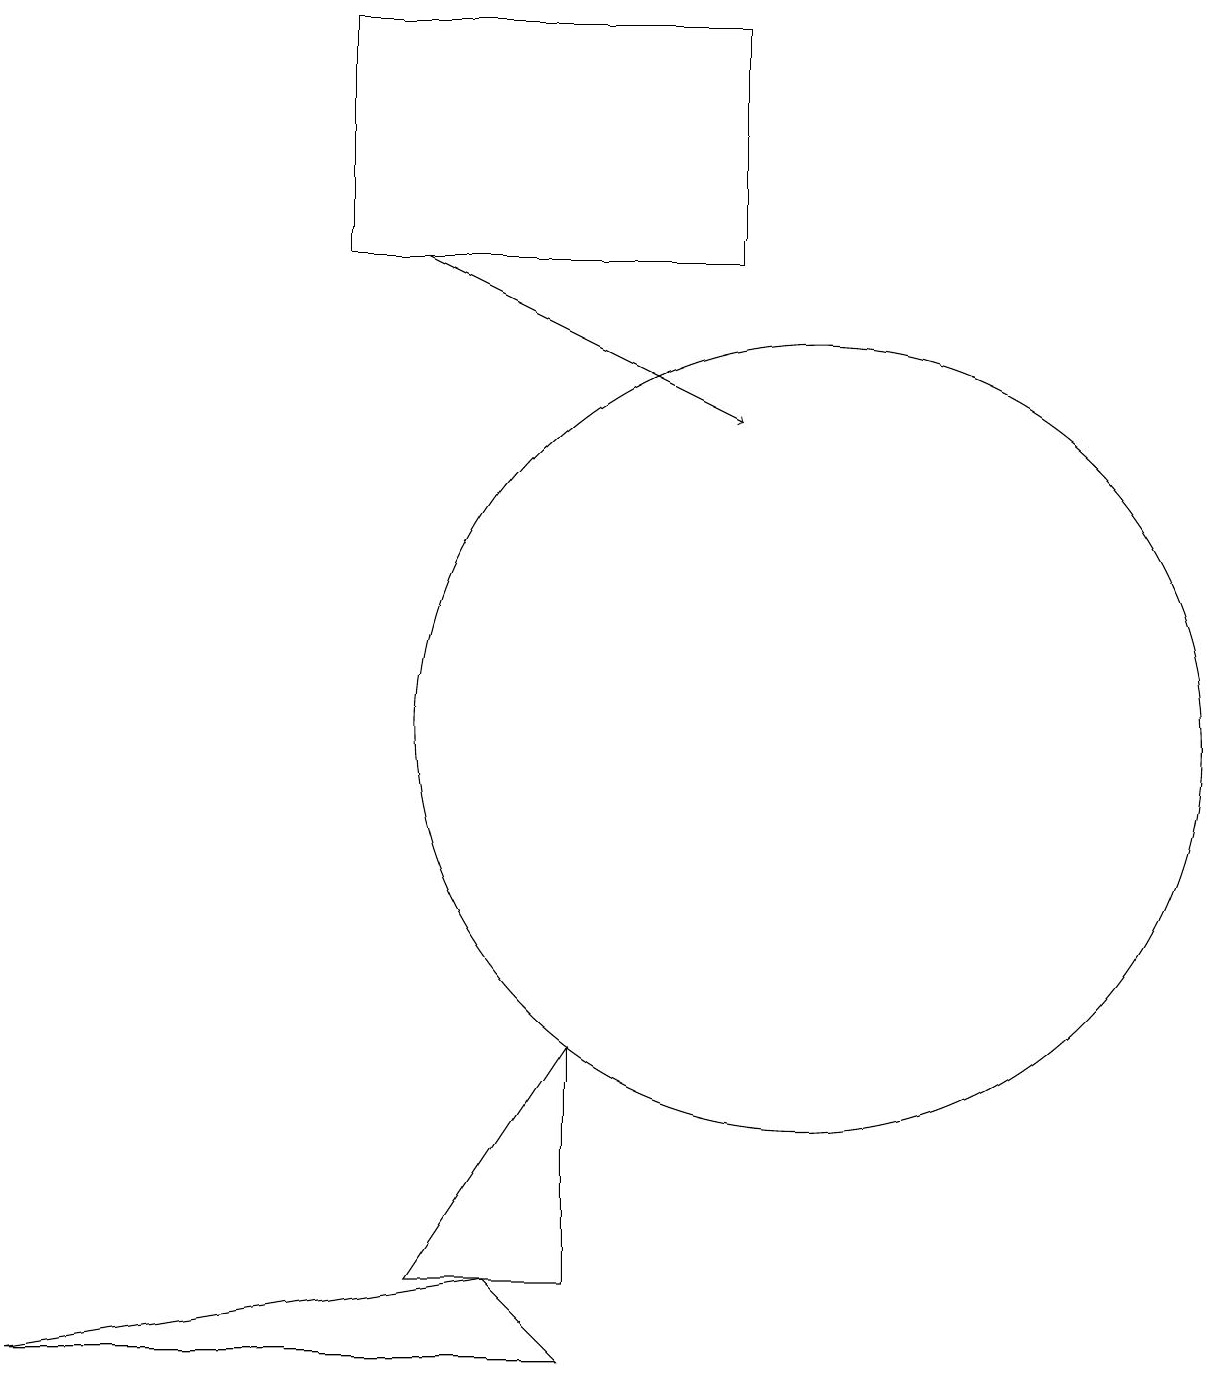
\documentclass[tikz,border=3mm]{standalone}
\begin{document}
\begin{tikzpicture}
\draw (7,6) -- (5,3) -- (7,3) -- cycle;
\draw[->] (5,16) -- (9,14);
\draw (9,16) rectangle (4,19);
\draw (10,10) circle (5);
\draw (6,3) -- (0,2) -- (7,2) -- cycle;
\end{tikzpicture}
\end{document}